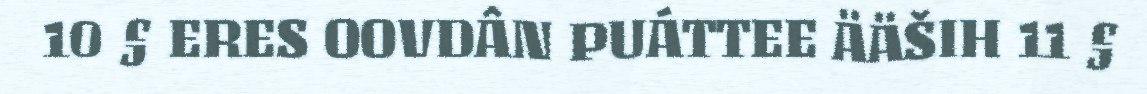
10 § ERES OOVDÂN PUÁTTEE ÄÄŠIH 11 §